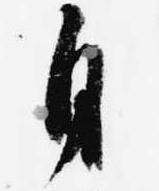
自